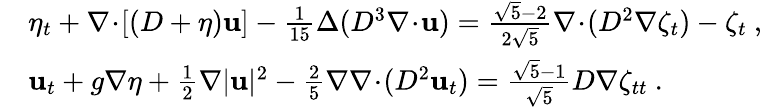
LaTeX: \begin{array}{rl}&{\eta_{t}+\nabla\! \cdot\! [(D+\eta)\mathbf{u}]-\frac{1}{15}\Delta(D^{3}\nabla\! \cdot\! \mathbf{u})=\frac{\sqrt{5}-2}{2\sqrt{5}}\nabla\! \cdot\! (D^{2}\nabla\zeta_{t})-\zeta_{t}\ ,}\\ &{\mathbf{u}_{t}+g\nabla\eta+\frac{1}{2}\nabla|\mathbf{u}|^{2}-\frac{2}{5}\nabla\nabla\! \cdot\! (D^{2}\mathbf{u}_{t})=\frac{\sqrt{5}-1}{\sqrt{5}}D\nabla\zeta_{tt}\ .}\end{array}